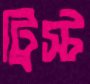
ট্রিস্ট